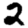
Digit: 2